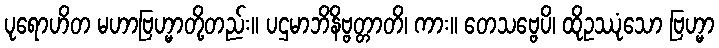
ပုရောဟိတ မဟာဗြဟ္မာတို့တည်း။ ပဌမာဘိနိဗ္ဗတ္တာတိ၊ ကား။ တေသဗ္ဗေပိ၊ ထိုဥဿုံသော ဗြဟ္မာ